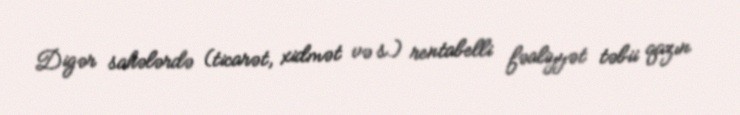
Digər sahələrdə (ticarət, xidmət və s.) rentabelli fəaliyyət təbii qazın